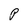
Character: P